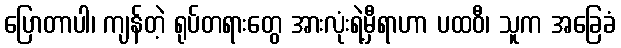
ပြောတာပါ၊ ကျန်တဲ့ ရုပ်တရားတွေ အားလုံးရဲ့မှီရာဟာ ပထဝီ၊ သူက အခြေခံ